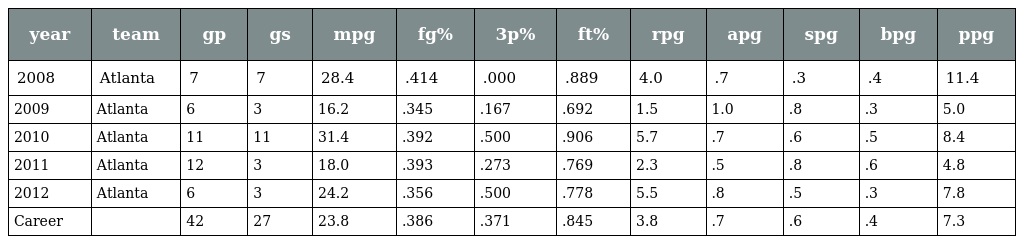
| year | team | gp | gs | mpg | fg% | 3p% | ft% | rpg | apg | spg | bpg | ppg |
 | --- | --- | --- | --- | --- | --- | --- | --- | --- | --- | --- | --- | --- |
 | 2008 | Atlanta | 7 | 7 | 28.4 | .414 | .000 | .889 | 4.0 | .7 | .3 | .4 | 11.4 |
 | 2009 | Atlanta | 6 | 3 | 16.2 | .345 | .167 | .692 | 1.5 | 1.0 | .8 | .3 | 5.0 |
 | 2010 | Atlanta | 11 | 11 | 31.4 | .392 | .500 | .906 | 5.7 | .7 | .6 | .5 | 8.4 |
 | 2011 | Atlanta | 12 | 3 | 18.0 | .393 | .273 | .769 | 2.3 | .5 | .8 | .6 | 4.8 |
 | 2012 | Atlanta | 6 | 3 | 24.2 | .356 | .500 | .778 | 5.5 | .8 | .5 | .3 | 7.8 |
 | Career |  | 42 | 27 | 23.8 | .386 | .371 | .845 | 3.8 | .7 | .6 | .4 | 7.3 |